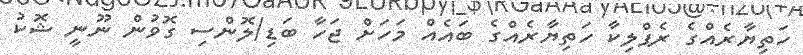
ހަތިޔާރެއްގެ ރެޕްލިކާ ހަތިޔާރެއްގެ ބައެއް މަހަށް ޖަހާ ބަޑި/ލޮންސި ގޮވުން ނޫނީ ޝޮކު